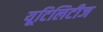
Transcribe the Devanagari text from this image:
यूटिलिटीज